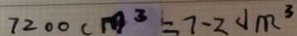
7 2 0 0 c m ^ { 3 } = 7 - 2 d m ^ { 3 }